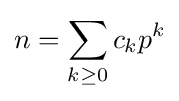
n=\sum _{k\geq 0}c_{k}p^{k}